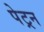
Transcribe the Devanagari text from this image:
पेट्रन